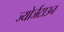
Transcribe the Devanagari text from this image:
ज्योर्जटाउन